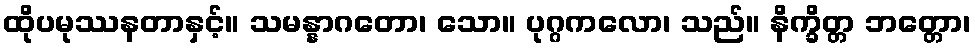
ထိုပမုဿနတာနှင့်။ သမန္နာဂတော၊ သော။ ပုဂ္ဂကလော၊ သည်။ နိက္ခိတ္တ ဘတ္တော၊